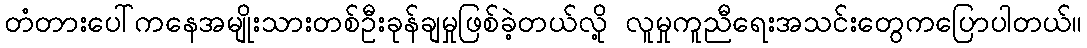
တံတားပေါ်ကနေအမျိုးသားတစ်ဦးခုန်ချမှုဖြစ်ခဲ့တယ်လို့ လူမှုကူညီရေးအသင်းတွေကပြောပါတယ်။